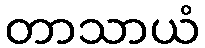
တာသာယံ